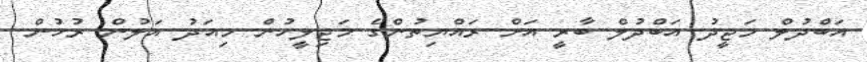
އަބްދުލް މަޖީދު އަބްދުލް ބާރީ އަށް ރައްޔިތުންގެ މަޖިލީހުން މިއަދު އަލުން ރުހުން